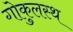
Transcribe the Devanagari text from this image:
गोकुलस्थ